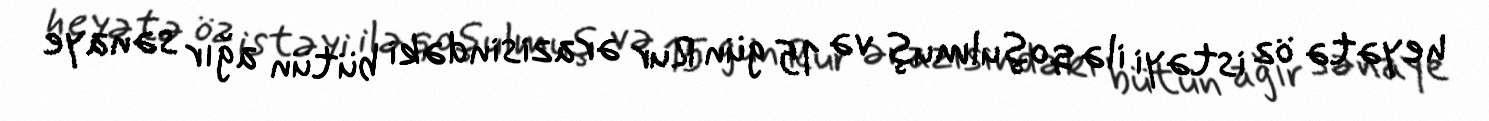
heyətə öz istəyi ilə qoşulmuş və 15 gün Rur ərazisindəki bütün ağır sənaye